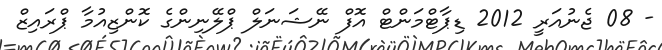
- 08 ޖެނުއަރީ 2012 ޑިޕާޓްމަންޓް އޮފް ނޭޝަނަލް ޕްލޭނިންގެ ކޮންޒިއުމާ ޕްރައިޒް